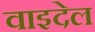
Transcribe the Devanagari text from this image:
वाइदेल